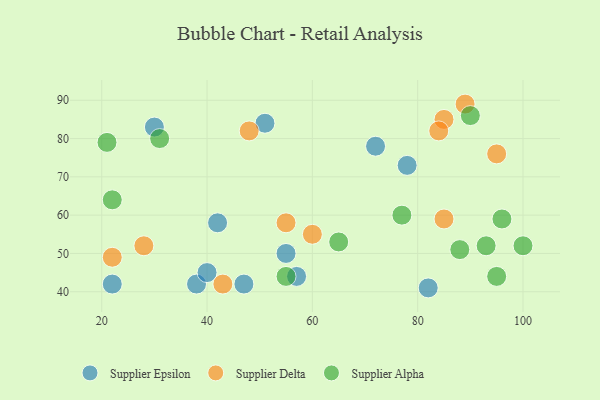
{"axis": {"x": "GDP", "y": "Life Expectancy"}, "legend": ["Supplier Alpha", "Supplier Delta", "Supplier Epsilon"], "data": [{"x": "38", "y": 42, "type": "Supplier Epsilon"}, {"x": "40", "y": 45, "type": "Supplier Epsilon"}, {"x": "72", "y": 78, "type": "Supplier Epsilon"}, {"x": "30", "y": 83, "type": "Supplier Epsilon"}, {"x": "55", "y": 50, "type": "Supplier Epsilon"}, {"x": "51", "y": 84, "type": "Supplier Epsilon"}, {"x": "22", "y": 42, "type": "Supplier Epsilon"}, {"x": "42", "y": 58, "type": "Supplier Epsilon"}, {"x": "78", "y": 73, "type": "Supplier Epsilon"}, {"x": "57", "y": 44, "type": "Supplier Epsilon"}, {"x": "47", "y": 42, "type": "Supplier Epsilon"}, {"x": "82", "y": 41, "type": "Supplier Epsilon"}, {"x": "89", "y": 89, "type": "Supplier Delta"}, {"x": "60", "y": 55, "type": "Supplier Delta"}, {"x": "55", "y": 58, "type": "Supplier Delta"}, {"x": "85", "y": 85, "type": "Supplier Delta"}, {"x": "22", "y": 49, "type": "Supplier Delta"}, {"x": "28", "y": 52, "type": "Supplier Delta"}, {"x": "43", "y": 42, "type": "Supplier Delta"}, {"x": "84", "y": 82, "type": "Supplier Delta"}, {"x": "95", "y": 76, "type": "Supplier Delta"}, {"x": "85", "y": 59, "type": "Supplier Delta"}, {"x": "48", "y": 82, "type": "Supplier Delta"}, {"x": "96", "y": 59, "type": "Supplier Alpha"}, {"x": "90", "y": 86, "type": "Supplier Alpha"}, {"x": "31", "y": 80, "type": "Supplier Alpha"}, {"x": "65", "y": 53, "type": "Supplier Alpha"}, {"x": "21", "y": 79, "type": "Supplier Alpha"}, {"x": "93", "y": 52, "type": "Supplier Alpha"}, {"x": "100", "y": 52, "type": "Supplier Alpha"}, {"x": "88", "y": 51, "type": "Supplier Alpha"}, {"x": "55", "y": 44, "type": "Supplier Alpha"}, {"x": "77", "y": 60, "type": "Supplier Alpha"}, {"x": "22", "y": 64, "type": "Supplier Alpha"}, {"x": "95", "y": 44, "type": "Supplier Alpha"}]}